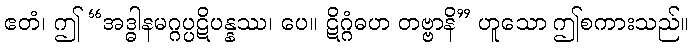
ဧတံ၊ ဤ “အဒ္ဓါနမဂ္ဂပ္ပဋိပန္နဿ၊ ပေ။ ဋိဂ္ဂံဓဟ တဗ္ဗာနိ” ဟူသော ဤစကားသည်။